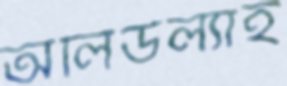
অলিউল্যাহ